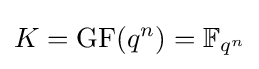
K=\mathrm {GF} (q^{n})=\mathbb {F} _{q^{n}}